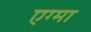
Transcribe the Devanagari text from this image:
एग्मा